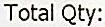
TOTAL QTY: